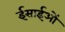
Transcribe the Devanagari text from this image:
ईसाईओं